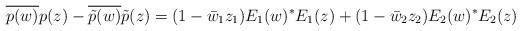
LaTeX: \begin{align*} \overline{p(w)}p(z) - \overline{\tilde{p}(w)}\tilde{p}(z) = (1-\bar{w}_1 z_1) E_1(w)^* E_1(z) + (1-\bar{w}_2 z_2) E_2(w)^* E_2(z)\end{align*}